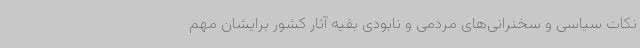
نکات سیاسی و سخنرانی‌های مردمی و نابودی بقیه آثار کشور برایشان مهم